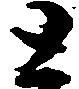
と